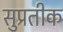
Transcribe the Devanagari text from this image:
सुप्रतीक